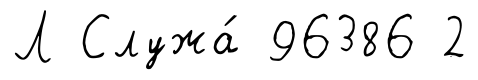
Л Служа́ 96386 2